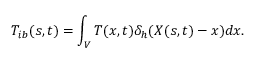
T _ { i b } ( s , t ) = \int _ { V } T ( x , t ) \delta _ { h } ( \boldsymbol { X } ( s , t ) - \boldsymbol { x } ) d \boldsymbol { x } .